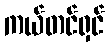
ကယ်တင်ရှင်